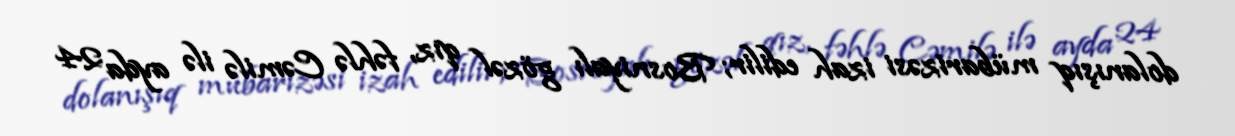
dolanışıq mübarizəsi izah edilir; Bosniyalı gözəl qız, fəhlə Cəmilə ilə ayda 24